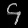
Digit: ၄